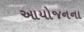
આયોજનના